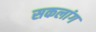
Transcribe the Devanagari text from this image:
सकलांग